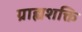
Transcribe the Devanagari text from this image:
ग्राह्यशक्ति